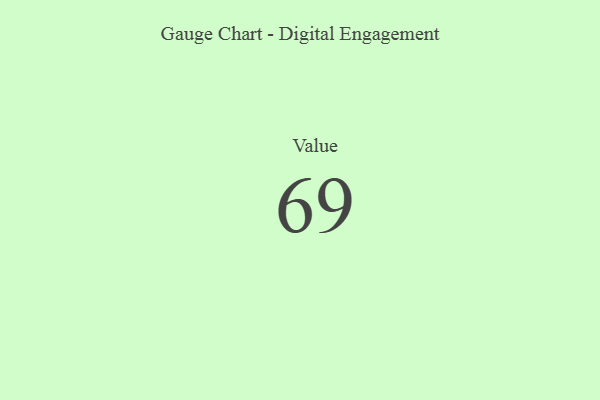
{"axis": {"x": "Metric", "y": "Value"}, "legend": [""], "data": [{"x": "Value", "y": 69, "type": ""}]}